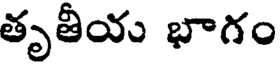
తృతీయ భాగం